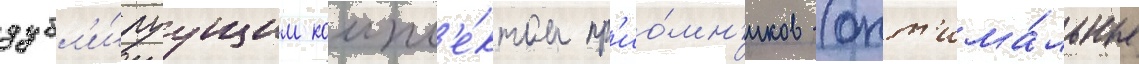
дубл'и́руущим компл'е́ктом пр'ио́мн'иков (опт'има́льные